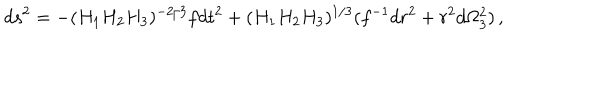
d s ^ { 2 } = - ( H _ { 1 } H _ { 2 } H _ { 3 } ) ^ { - 2 / 3 } f d t ^ { 2 } + ( H _ { 1 } H _ { 2 } H _ { 3 } ) ^ { 1 / 3 } ( f ^ { - 1 } d r ^ { 2 } + r ^ { 2 } d \Omega _ { 3 } ^ { 2 } ) \, ,